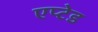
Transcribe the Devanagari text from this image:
एप्टेड